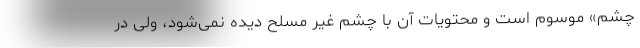
چشم» موسوم است و محتویات آن با چشم غیر مسلح دیده نمی‌شود، ولی در